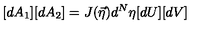
[ d A _ { 1 } ] [ d A _ { 2 } ] = J ( \vec { \eta } ) d ^ { N } \eta [ d U ] [ d V ]